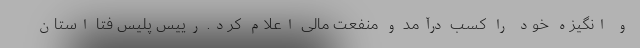
و انگیزه خود را کسب درآمد و منفعت مالی اعلام کرد. رییس پلیس فتا استان